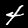
Label: 4